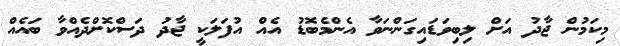
މިކަމުން ޖާދު އަށް ލިބިވަޑައިގަންނަވާ އެންމެބޮޑު އެއް އުފަލަކީ ޖާދު ދަސްކޮށްދެއްވާ ބައެއް